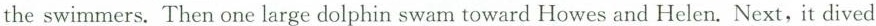
the swimmers.Then one large dolphin swam toward Howes and Helen. Next, it dived